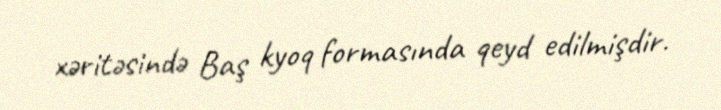
xəritəsində Baş kyoq formasında qeyd edilmişdir.